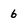
Character: 6